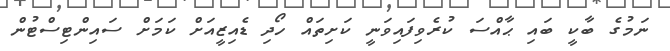
ނަމުގެ ބާކީ ބައި ޙާއްސަ ކުރެވިފައިވަނީ ކަށިތައް ހޯދި ޑެއިޒީއަށް ކަމަށް ސައިންޓިސްޓުން